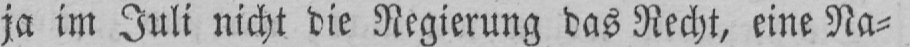
ja im Juli nicht die Regierung das Recht, eine Na⸗